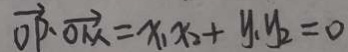
\overrightarrow { O P } \cdot \overrightarrow { O M } = x _ { 1 } x _ { 2 } + y _ { 1 } y _ { 2 } = 0